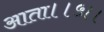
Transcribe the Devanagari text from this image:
आता।।५।।